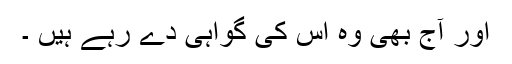
اور آج بھی وہ اس کی گواہی دے رہے ہیں ۔